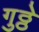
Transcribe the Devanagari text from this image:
गुठ्ठे